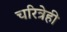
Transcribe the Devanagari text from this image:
चरित्रेही